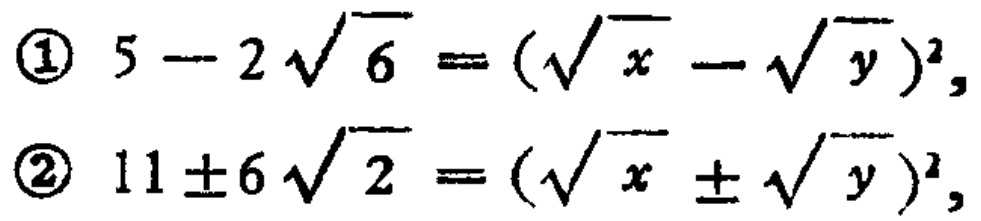
\textcircled{1} \(5 - 2\sqrt{6} = (\sqrt{x} - \sqrt{y})^2\)，

\textcircled{2} \(11 \pm 6\sqrt{2} = (\sqrt{x} \pm \sqrt{y})^2\)，